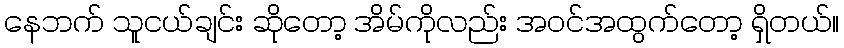
နေဘက် သူငယ်ချင်း ဆိုတော့ အိမ်ကိုလည်း အဝင်အထွက်တော့ ရှိတယ်။